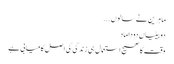
ماہرین نے سالوں ...
دوبیٹیاں دوداماد
وقت کا صحیح استعمال ہی زندگی کی اصل کامیابی ہے